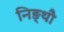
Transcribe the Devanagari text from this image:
निङ्थौ